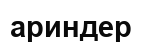
ариндер